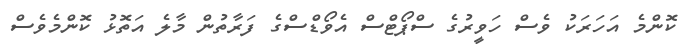
ކޮންމެ އަހަރަކު ވެސް ހަވީރުގެ ސްޕޯޓްސް އެވޯޑްސްގެ ފަރާތުން މާލެ އަތޮޅު ކޮންމެވެސް